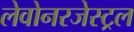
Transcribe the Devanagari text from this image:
लेवोनरजेस्ट्रल